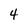
Character: 4